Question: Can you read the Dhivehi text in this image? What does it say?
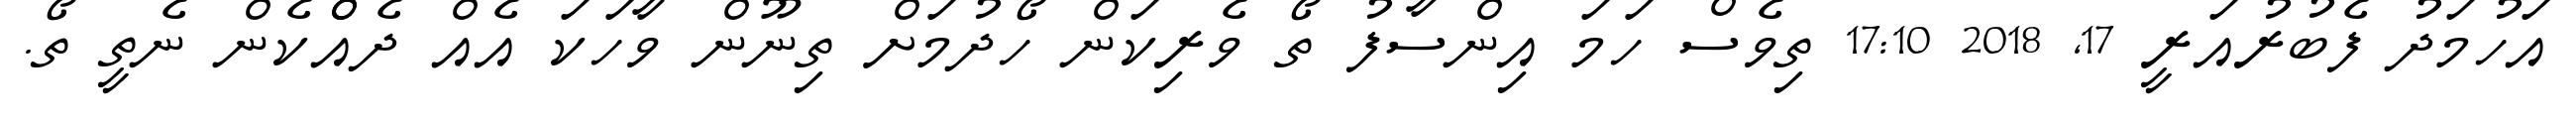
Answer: އަހުމަދު ފެބުރުއަރީ 17, 2018 17:10 ތިވެސް ހަމަ އިންސާފު ތޯ ވެރިކަން ހޯދުމަށް ތިނޫން ވާހަކަ އެއް ދެއްްކެން ނެތީ ތޯ.